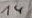
Text: 14